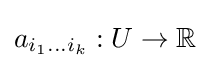
a_{i_{1}\ldots i_{k}}:U\to \mathbb {R}